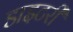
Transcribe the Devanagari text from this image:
डाइटरी